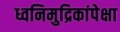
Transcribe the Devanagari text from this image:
ध्वनिमुद्रिकांपेक्षा